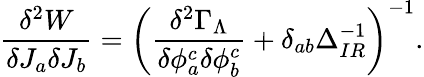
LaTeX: \frac{\delta^{2}W}{\delta J_{a}\delta J_{b}}=\left(\frac{\delta^{2}\Gamma_{\Lambda}}{\delta\phi_{a}^{c}\delta\phi_{b}^{c}}+\delta_{ab}\Delta_{IR}^{-1}\right)^{-1}.